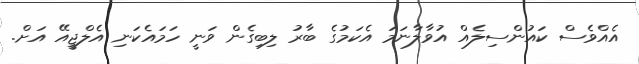
އެއްވެސް ކައުންސިލެއް އުވާލާނަމަ އެކަމުގެ ބާރު ލިބިގެން ވަނީ ހަމައެކަނި އެލްޖީއޭ އަށް.